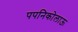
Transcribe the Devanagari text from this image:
पपनिकोलाऊ